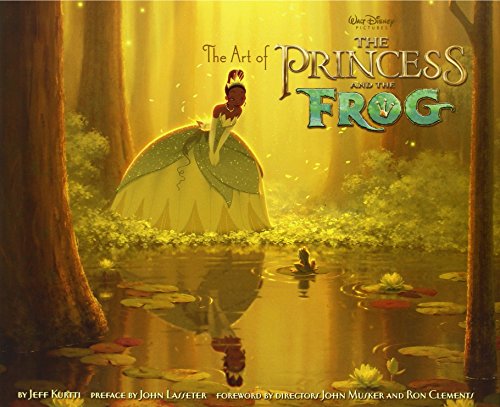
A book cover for The Art of The Princess and the Frog; Jeff Kurtti; Arts & Photography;